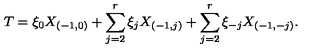
T = \xi _ { 0 } X _ { ( - 1 , 0 ) } + \sum _ { j = 2 } ^ { r } \xi _ { j } X _ { ( - 1 , j ) } + \sum _ { j = 2 } ^ { r } \xi _ { - j } X _ { ( - 1 , - j ) } .